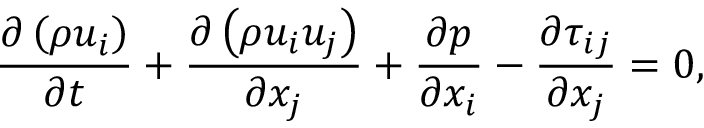
\frac { \partial \left( \rho u _ { i } \right) } { \partial t } + \frac { \partial \left( \rho u _ { i } u _ { j } \right) } { \partial x _ { j } } + \frac { \partial p } { \partial x _ { i } } - \frac { \partial \tau _ { i j } } { \partial x _ { j } } = 0 ,